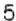
5